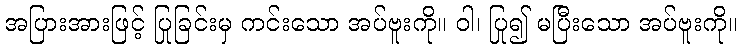
အပြားအားဖြင့် ပြုခြင်းမှ ကင်းသော အပ်ဗူးကို။ ဝါ၊ ပြု၍ မပြီးသော အပ်ဗူးကို။